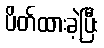
ပိတ်ထားခဲ့ပြီး